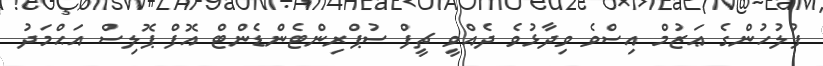
ފުލުހުންގެ ޢަޒުމް އިސްވެ ވިދާޅުވެ ދެއްވީ ޗީފް ސުޕްރިންޓެންޑެންޓް އޮފް ޕޮލިސް އަޙްމަދު